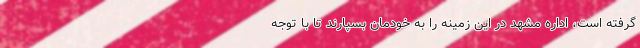
گرفته است، اداره مشهد در این زمینه را به خودمان بسپارند تا با توجه